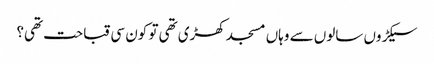
سیکڑوں سالوں سے وہاں مسجد کھڑی تھی تو کون سی قباحت تھی؟